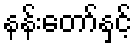
နန်းတော်နှင့်